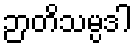
ဉာတိသမ္ပဒါ